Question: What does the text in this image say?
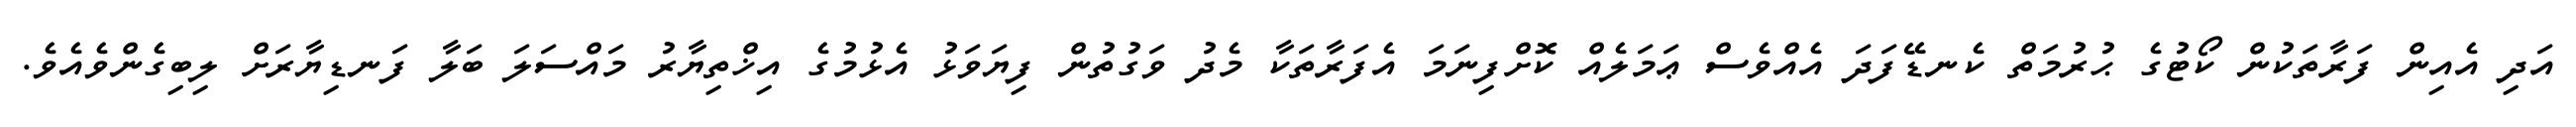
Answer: އަދި އެއިން ފަރާތަކުން ކޯޓުގެ ޙުރުމަތް ކެނޑޭފަދަ އެއްވެސް ޢަމަލެއް ކޮށްފިނަމަ އެފަރާތަކާ މެދު ވަގުތުން ފިޔަވަޅު އެޅުމުގެ އިޚްތިޔާރު މައްސަލަ ބަލާ ފަނޑިޔާރަށް ލިބިގެންވެއެވެ.